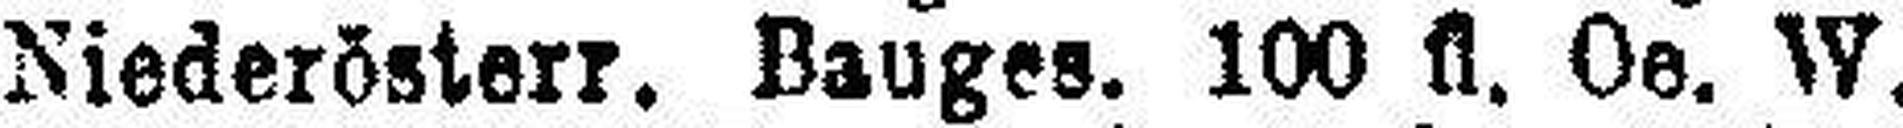
Niederösterr. Bauges. 100 fl. Oe. W.